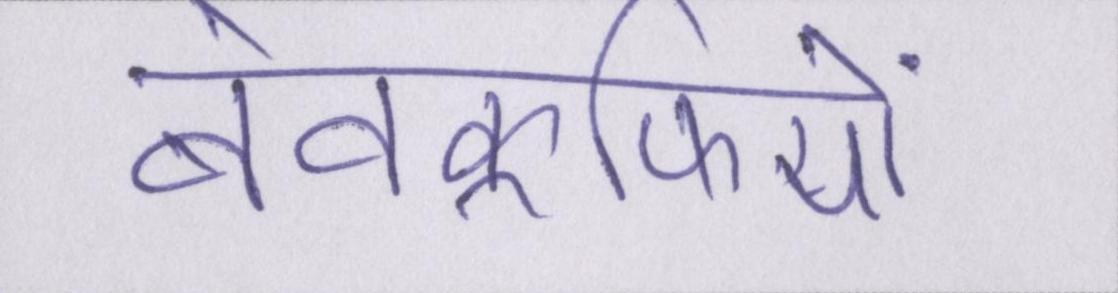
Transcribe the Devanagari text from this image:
बेवकूफियों